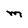
Character: M